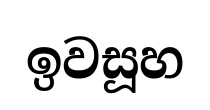
ඉවසූහ